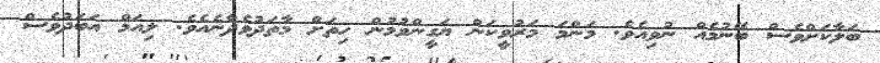
ބަލާކަށްވެސް ބޭނުމެއް ނުވިއެވެ. މަންމަ މަރުވީކަން ޔަގީންވުމުން ހިތަށް މާތަދުވެދާނެއެވެ. ލިއަމް އަބަދުވެސް